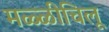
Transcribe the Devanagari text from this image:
मळ्ळीचिलू